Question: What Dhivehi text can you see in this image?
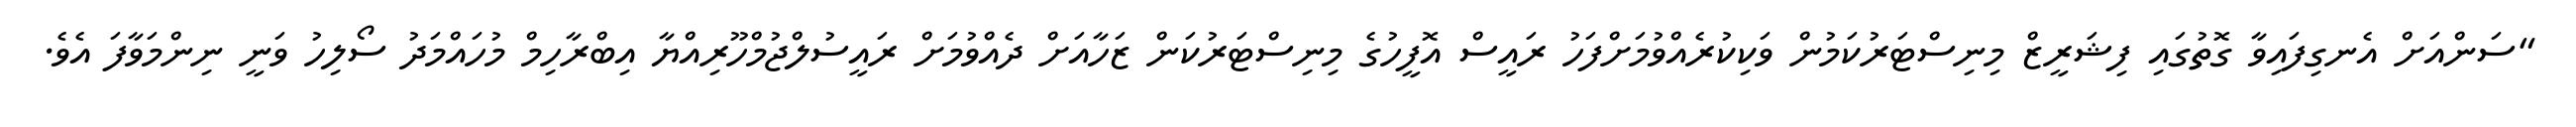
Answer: "ސަންއަށް އެނގިފައިވާ ގޮތުގައި ފިޝަރީޒް މިނިސްޓަރުކަމުން ވަކިކުރެއްވުމަށްފަހު ރައީސް އޮފީހުގެ މިނިސްޓަރުކަން ޒަހާއަށް ދެއްވުމަށް ރައީސުލްޖުމްހޫރިއްޔާ އިބްރާހިމް މުހައްމަދު ސޯލިހު ވަނީ ނިންމަވާފަ އެވެ.